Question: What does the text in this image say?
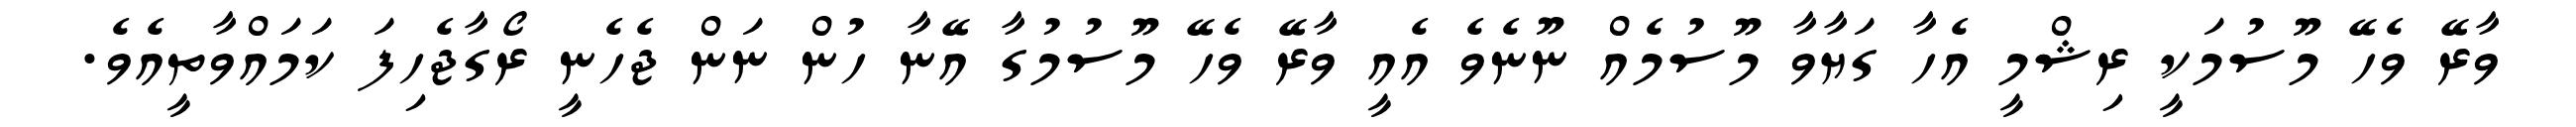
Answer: ވާރޭ ވެހޭ މޫސުމަކީ ރިޝްމީ އެހާ ގަޔާވާ މޫސުމެއް ނޫނެވެ އެއީ ވާރޭ ވެހޭ މޫސުމުގާ އޭނާ ހުން ނަން ޖެހެނީ ރޯގާޖެހިފަ ކަމައްވާތީއެވެ.